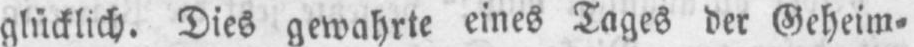
glücklich. Dies gewahrte eines Tages der Geheim⸗